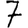
Digit: 7